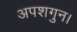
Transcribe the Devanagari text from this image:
अपशगुन।